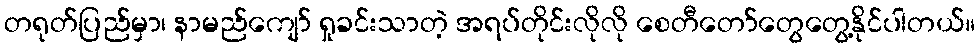
တရုတ်ပြည်မှာ၊ နာမည်ကျော် ရှုခင်းသာတဲ့ အရပ်တိုင်းလိုလို စေတီတော်တွေတွေ့နိုင်ပါတယ်။